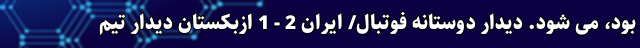
بود، ‌می شود. دیدار دوستانه فوتبال/ ایران 2 - 1 ازبکستان دیدار تیم